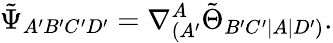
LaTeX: \tilde{\Psi}_{A^{\prime}B^{\prime}C^{\prime}D^{\prime}}=\nabla_{(A^{\prime}}^{A}\tilde{\Theta}_{B^{\prime}C^{\prime}|A|D^{\prime})}.